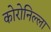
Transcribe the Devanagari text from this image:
कोरोनिल्ला